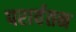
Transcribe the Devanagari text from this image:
परार्वतन